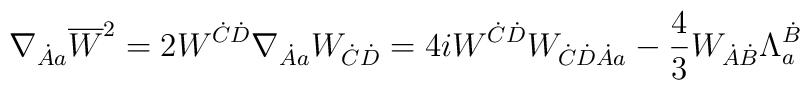
\nabla_{\dot Aa} \overline{W}^2 = 2 W^{\dot C \dot D} \nabla_{\dot Aa} W_{\dot C \dot D} = 4i W^{\dot C \dot D} W_{\dot C \dot D \dot Aa}- \frac{4}{3} W_{\dot A \dot B} \Lambda^{\dot B}_a